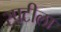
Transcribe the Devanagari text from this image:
रपटीला